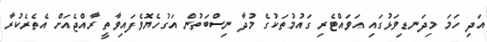
އަދި ހަމަ މިދަނޑިވަޅުގައި އަވައްޓެރި ގައުމުތަކުގެ މުދާ ނިސްބަތުން އަގުހެޔޮވެފައިވާތީ ރާއްޖެއަށް އެތެރެކުރާ